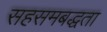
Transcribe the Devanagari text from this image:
सहसमबद्धता